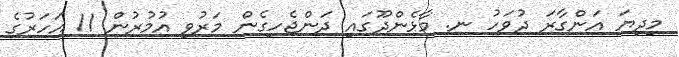
މިދިޔަ އަންގާރަ ދުވަހު ނ. މާޅެންދޫގައި ދަންޖެހިގެން މަރުވި އުމުރުން 11 އަހަރުގެ